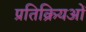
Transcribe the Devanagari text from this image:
प्रतिक्रियओं